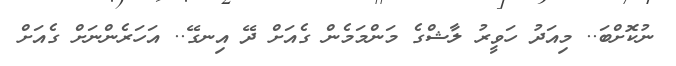
ނުކޮށްބަ.. މިއަދު ހަވީރު ލާޝްގެ މަންމަމެން ގެއަށް ދޭ އިނގޭ.. އަހަރެންނަށް ގެއަށް